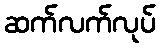
ဆက်လက်လုပ်